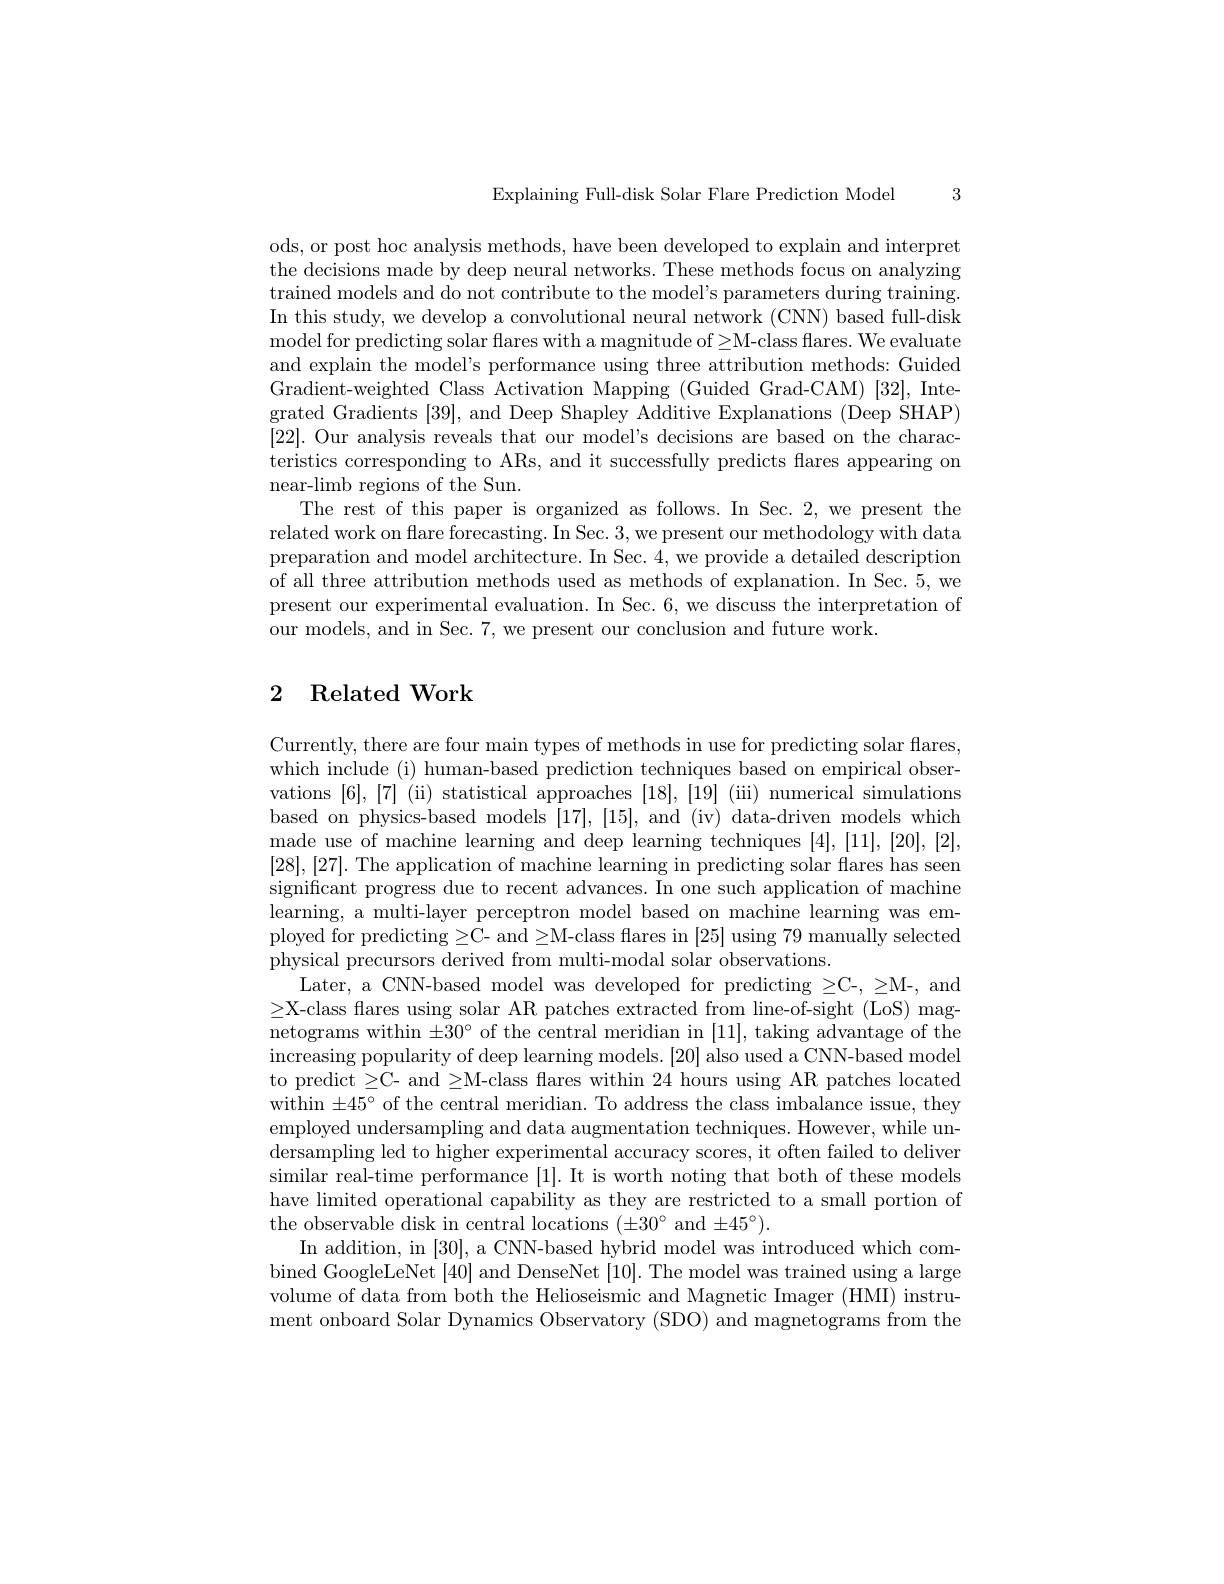
3

Explaining Full-disk Solar Flare Prediction Model

ods, or post hoc analysis methods, have been developed to explain and interpret the decisions made by deep neural networks. These methods focus on analyzing trained models and do not contribute to the model's parameters during training. In this study, we develop a convolutional neural network (CNN) based full-disk model for predicting solar flares with a magnitude of$\geq$M- class flares. We evaluate and explain the model's performance using three attribution methods: Guided Gradient-weighted Class Activation Mapping (Guided Grad-CAM) [32], Integrated Gradients [39], and Deep Shapley Additive Explanations (Deep SHAP) [22]. Our analysis reveals that our model's decisions are based on the characteristics corresponding to ARs, and it successfully predicts flares appearing on near-limb regions of the Sun.
The rest of this paper is organized as follows. In Sec.2, we present the related work on flare forecasting. In Sec. 3, we present our methodology with data preparation and model architecture. In Sec. 4, we provide a detailed description of all three attribution methods used as methods of explanation. In Sec. 5, we present our experimental evaluation. In Sec. 6, we discuss the interpretation of our models, and in Sec. 7, we present our conclusion and future work.

## 2 Related Work

Currently, there are four main types of methods in use for predicting solar flares which include (i) human-based prediction techniques based on empirical observations [6],[7] (ii) statistical approaches [18],[19] (iii) numerical simulations based on physics-based models [17],[15], and (iv) data-driven models which made use of machine learning and deep learning techniques [4],[11],[20],[2], [28],[27]. The application of machine learning in predicting solar flares has seen significant progress due to recent advances. In one such application of machine learning, a multi-layer perceptron model based on machine learning was employed for predicting $\geq$C- and $\geq$M-class flares in [25] using 79 manually selected physical precursors derived from multi-modal solar observations.
Later, a CNN-based model was developed for predicting $\geq$C-, and $\geq$X-class flares using solar AR patches extracted from line-of-sight (LoS) magnetograms within $\pm30^{\circ}$ of the central meridian in [11],taking advantage of the increasing popularity of deep learning models. [20] also used a CNN-based model to predict $\geq$C- and $\geq$M-class flares within 24 hours using AR patches located within $\pm45^\circ$ of the central meridian. To address the class imbalance issue, they employed undersampling and data augmentation techniques. However, while undersampling led to higher experimental accuracy scores, it often failed to deliver similar real-time performance [1]. It is worth noting that both of these models have limited operational capability as they are restricted to a small portion of the observable disk in central locations $(\pm30^\circ$ and $\pm45^\circ).$
In addition, in [30], a CNN-based hybrid model was introduced which combined GoogleLeNet [40] and DenseNet [10]. The model was trained using a large volume of data from both the Helioseismic and Magnetic Imager (HMI) instrument onboard Solar Dynamics Observatory (SDO) and magnetograms from the